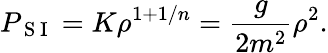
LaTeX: P_{\mathrm{~S~I~}}=K\rho^{1+1/n}=\frac{g}{2m^{2}}\rho^{2}.